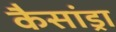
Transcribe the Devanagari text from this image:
कैसांड्रा